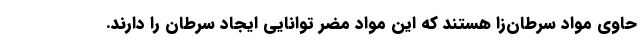
حاوی مواد سرطان‌زا هستند که این مواد مضر توانایی ایجاد سرطان را دارند.